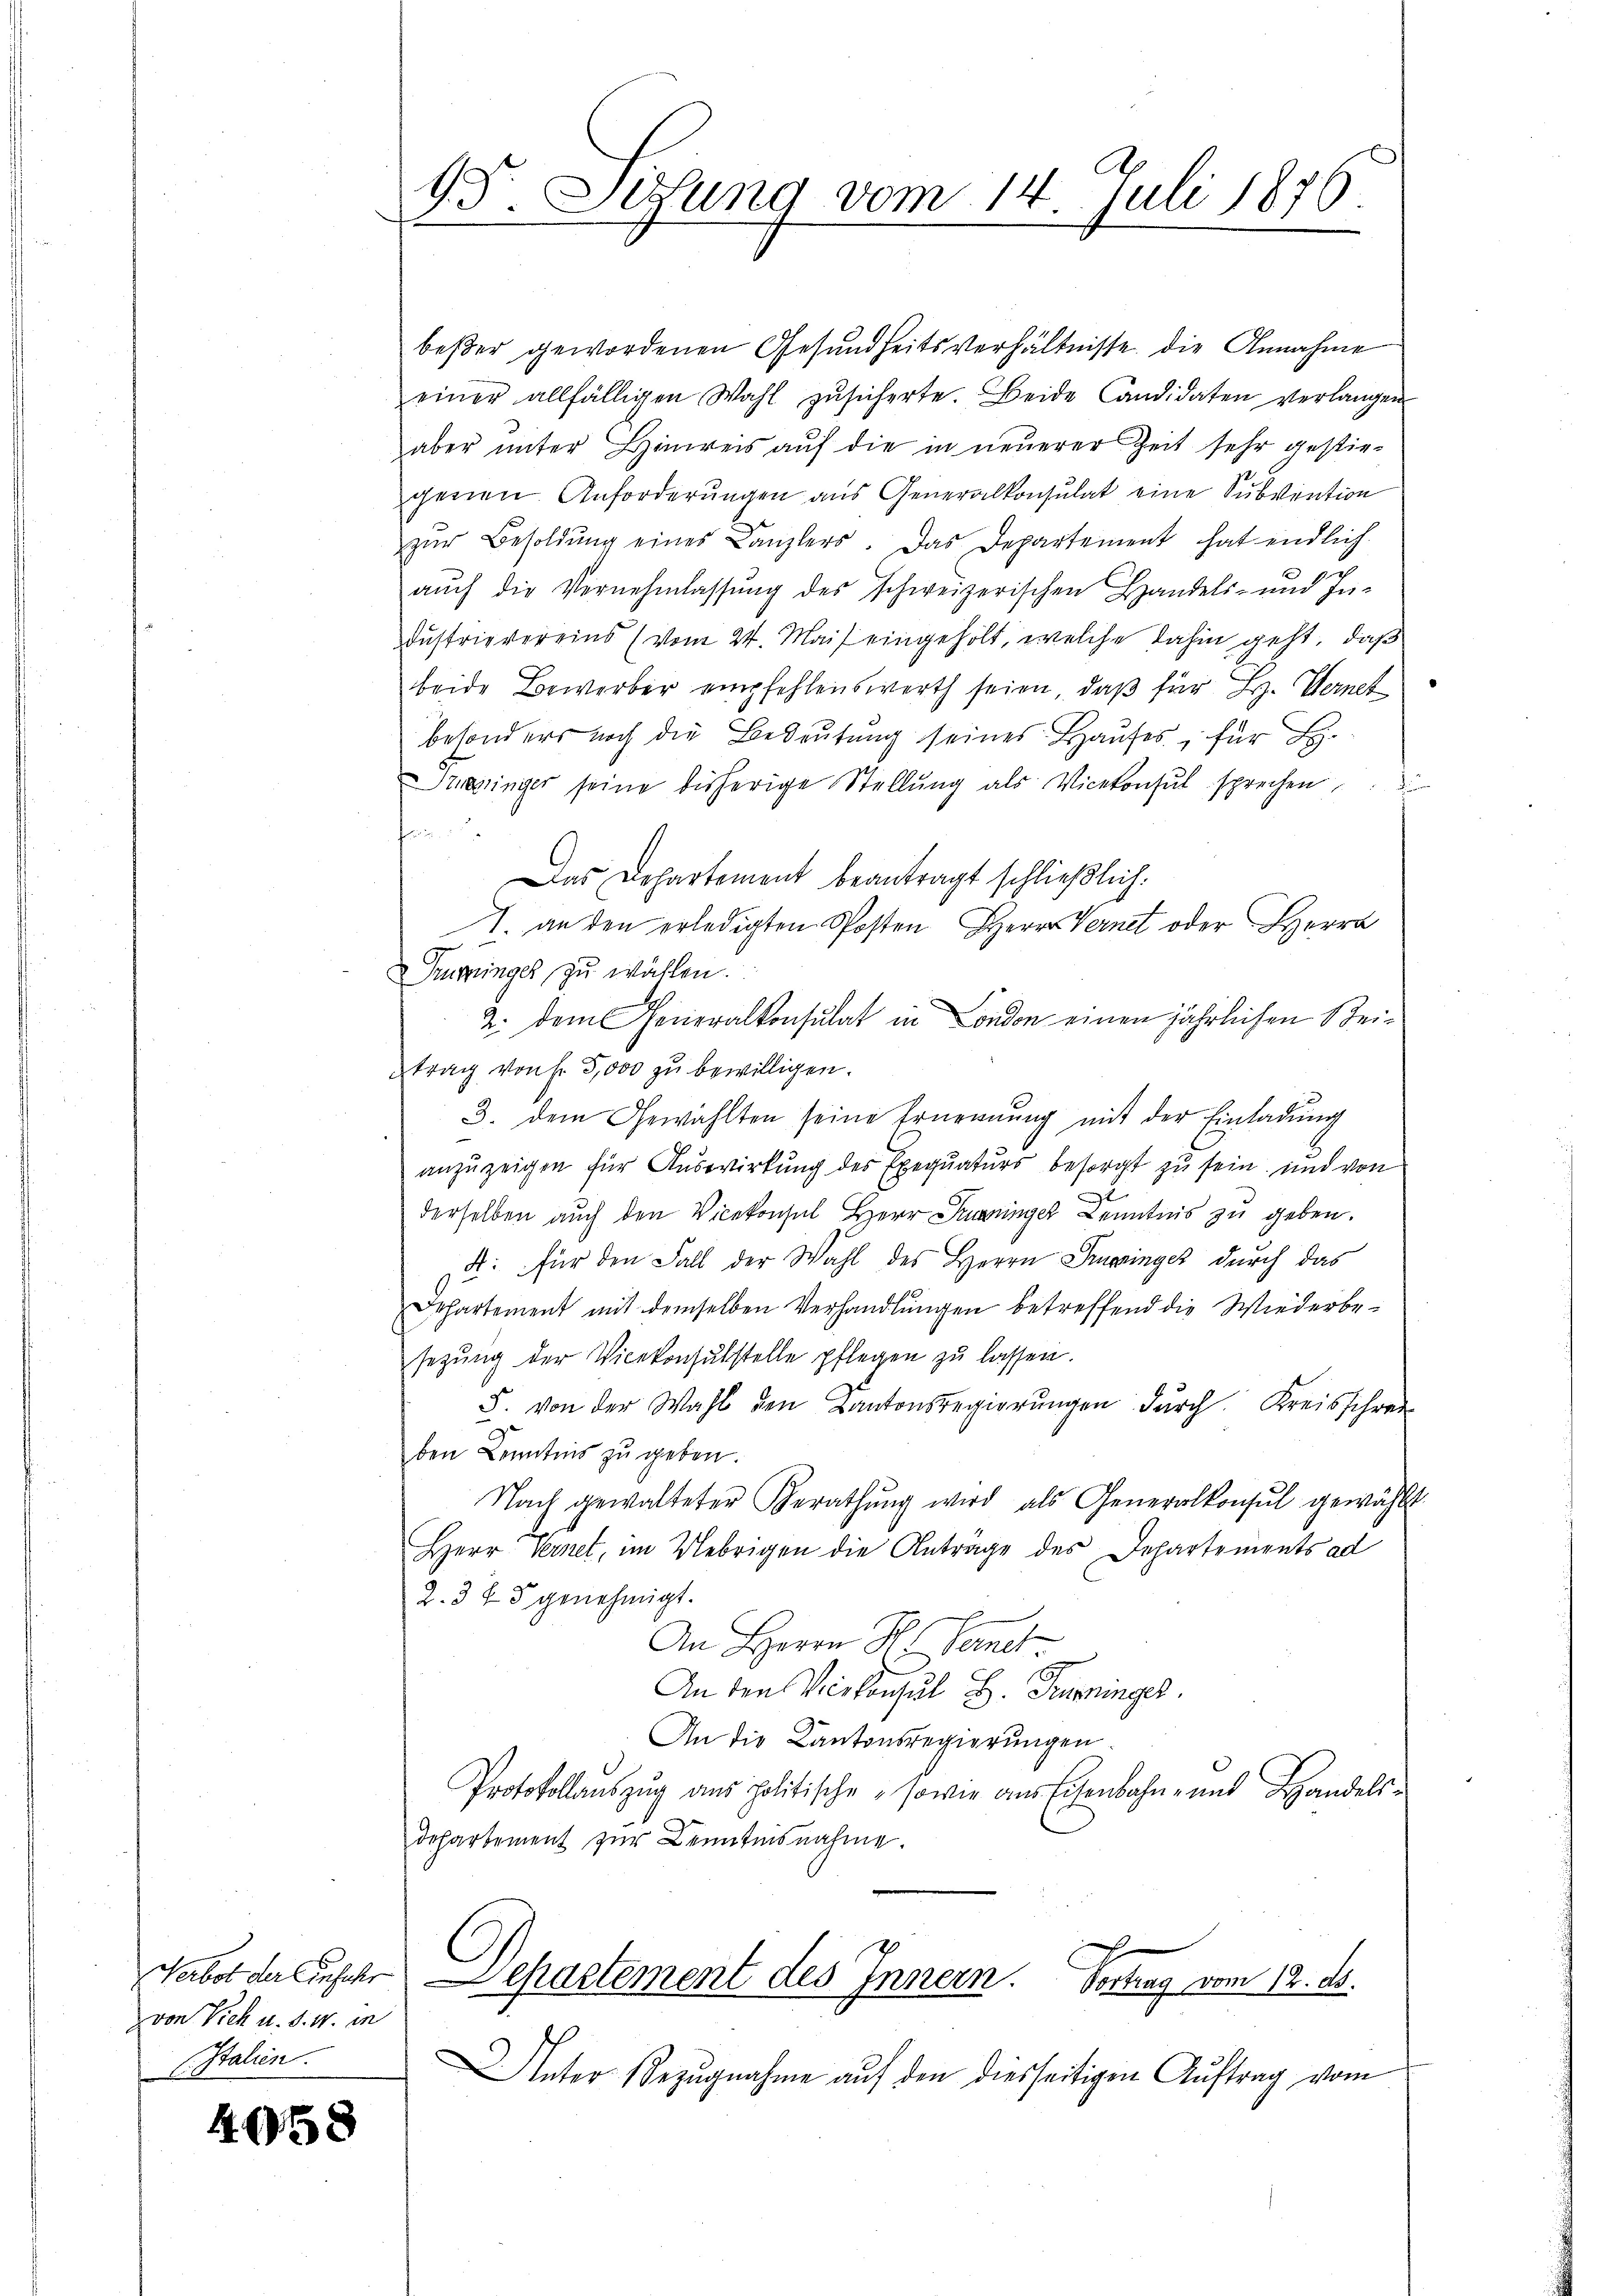
Verbot der Einfahr
von Vieh u. d. M. in
CItalien.

4058

1. Situng vom 14. Juli 1876.
.

beßer gewordenen Gesundheitsverhältnisse die Annahme
einer allfälligen Wahl zŭsicherte. Beide Candidaten verlangen
aber unter Hinweis auf die in neuerer Zeit sehr gestiegenen Anforderŭngen aus Generalkonsulat eine Subvention
zŭr Besoldŭng eines Canzlers. Das Departement hat endlich
h
auch die Vernehmlassung des schweizerischen Handels- und zu-
dustrievereins (vom 24. Mais eingeholt, welche dahin geht, daß
beide Bewerber empfehlenswerth seien, daβ für L. Wernet
besonders noch die Bedeutung seines Hauses, für L.
einger seine bisherige Stellŭng als Vicekonsul sprechen
fri
Das Departement beantragt schließlich.
7. an den erledigten Posten Herrn Vernet oder Herrn
Truppinges zu wählen.
2. dem Generalkonsulat in London einen jährlichen Reitrag von f. 5,000 zu bewilligen.
3. dem Gewählten seine Ernennung mit der Einladŭng
anzuzeigen für Auswirkung des Exequaturs besorgt zu sein, und von
derselben auch den Vicekonsul Herr Kuninger Kenntnis zu geben.
4: für den Fall der Wahl des Herrn Springer durch das
Departement mit demselben Verhandlungen betreffend die Wiederbesezung der Vicekonsulstelle pflegen zŭ lassen.
F. von der Wahl den Kantonsregierŭngen dŭrch Kreisschrei
ben Kenntnis zu geben.
Nach gewalteter Berathŭng wird als Generalkonsul gewählt
Herr Vernet, im Uebrigen die Anträge des Departements ad
2. 375 genehmigt.
An Herrn H. Semes
An den Vicekonsul B. Trininger,
An die Kantonsregierungen.
Protokollauszug aus politische sowie aus Eisenbahn- und Handels-
departement zur Kenntensnahme.
Departement des Innern. Vortrag vom 12. ds.
Unter Bezŭgnahme aŭf den diesseitigen Auftrag vom